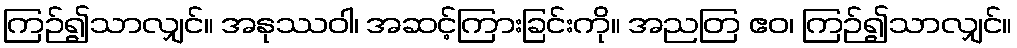
ကြဉ်၍သာလျှင်။ အနုဿဝါ၊ အဆင့်ကြားခြင်းကို။ အညတြ ဧဝ၊ ကြဉ်၍သာလျှင်။